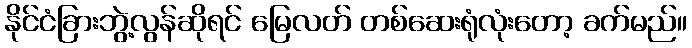
နိုင်ငံခြားဘွဲ့လွန်ဆိုရင် မြေလတ် တစ်ဆေးရုံလုံးတော့ ခက်မည်။